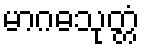
မာဂဓသုတ္တံ